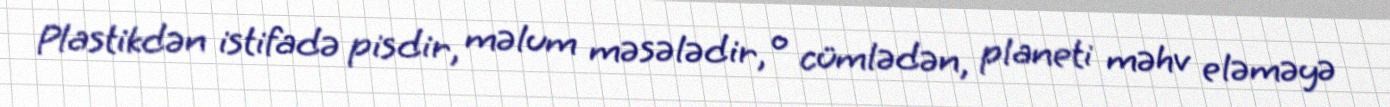
Plastikdən istifadə pisdir, məlum məsələdir, o cümlədən, planeti məhv eləməyə